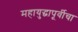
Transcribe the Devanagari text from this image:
महायुद्धापूर्वीचा